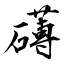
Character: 礡